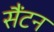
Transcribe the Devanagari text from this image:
सैंटन